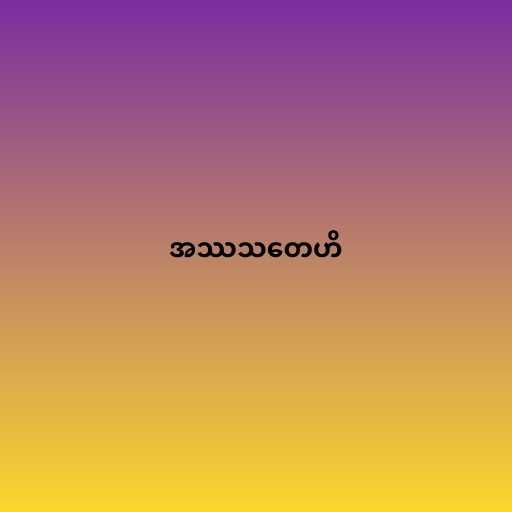
အဿသတေဟိ